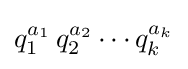
q_{1}^{a_{1}}\,q_{2}^{a_{2}}\cdots q_{k}^{a_{k}}